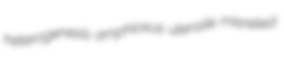
heterogenesis amphioxus utensile misrelied